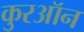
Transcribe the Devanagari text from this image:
कुरऑन